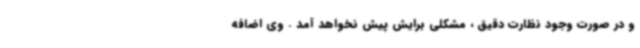
و در صورت وجود نظارت دقیق ، مشکلی برایش پیش نخواهد آمد . وی اضافه